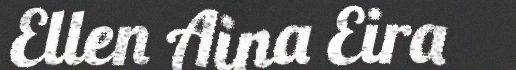
Ellen Aina Eira